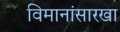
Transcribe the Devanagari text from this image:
विमानांसारखा